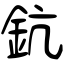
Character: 鈧